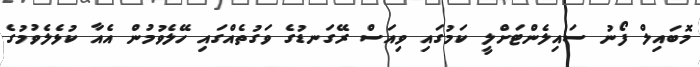
މޮބައިލް ފޯނު ސައިލެންޓަށްލީ ކަމުގައި ވިއަސް ރޭގަނޑުގެ ވަގުތެއްގައި ހޭލެވުމުން އެއާ ކުޅެލެވުމުގެ